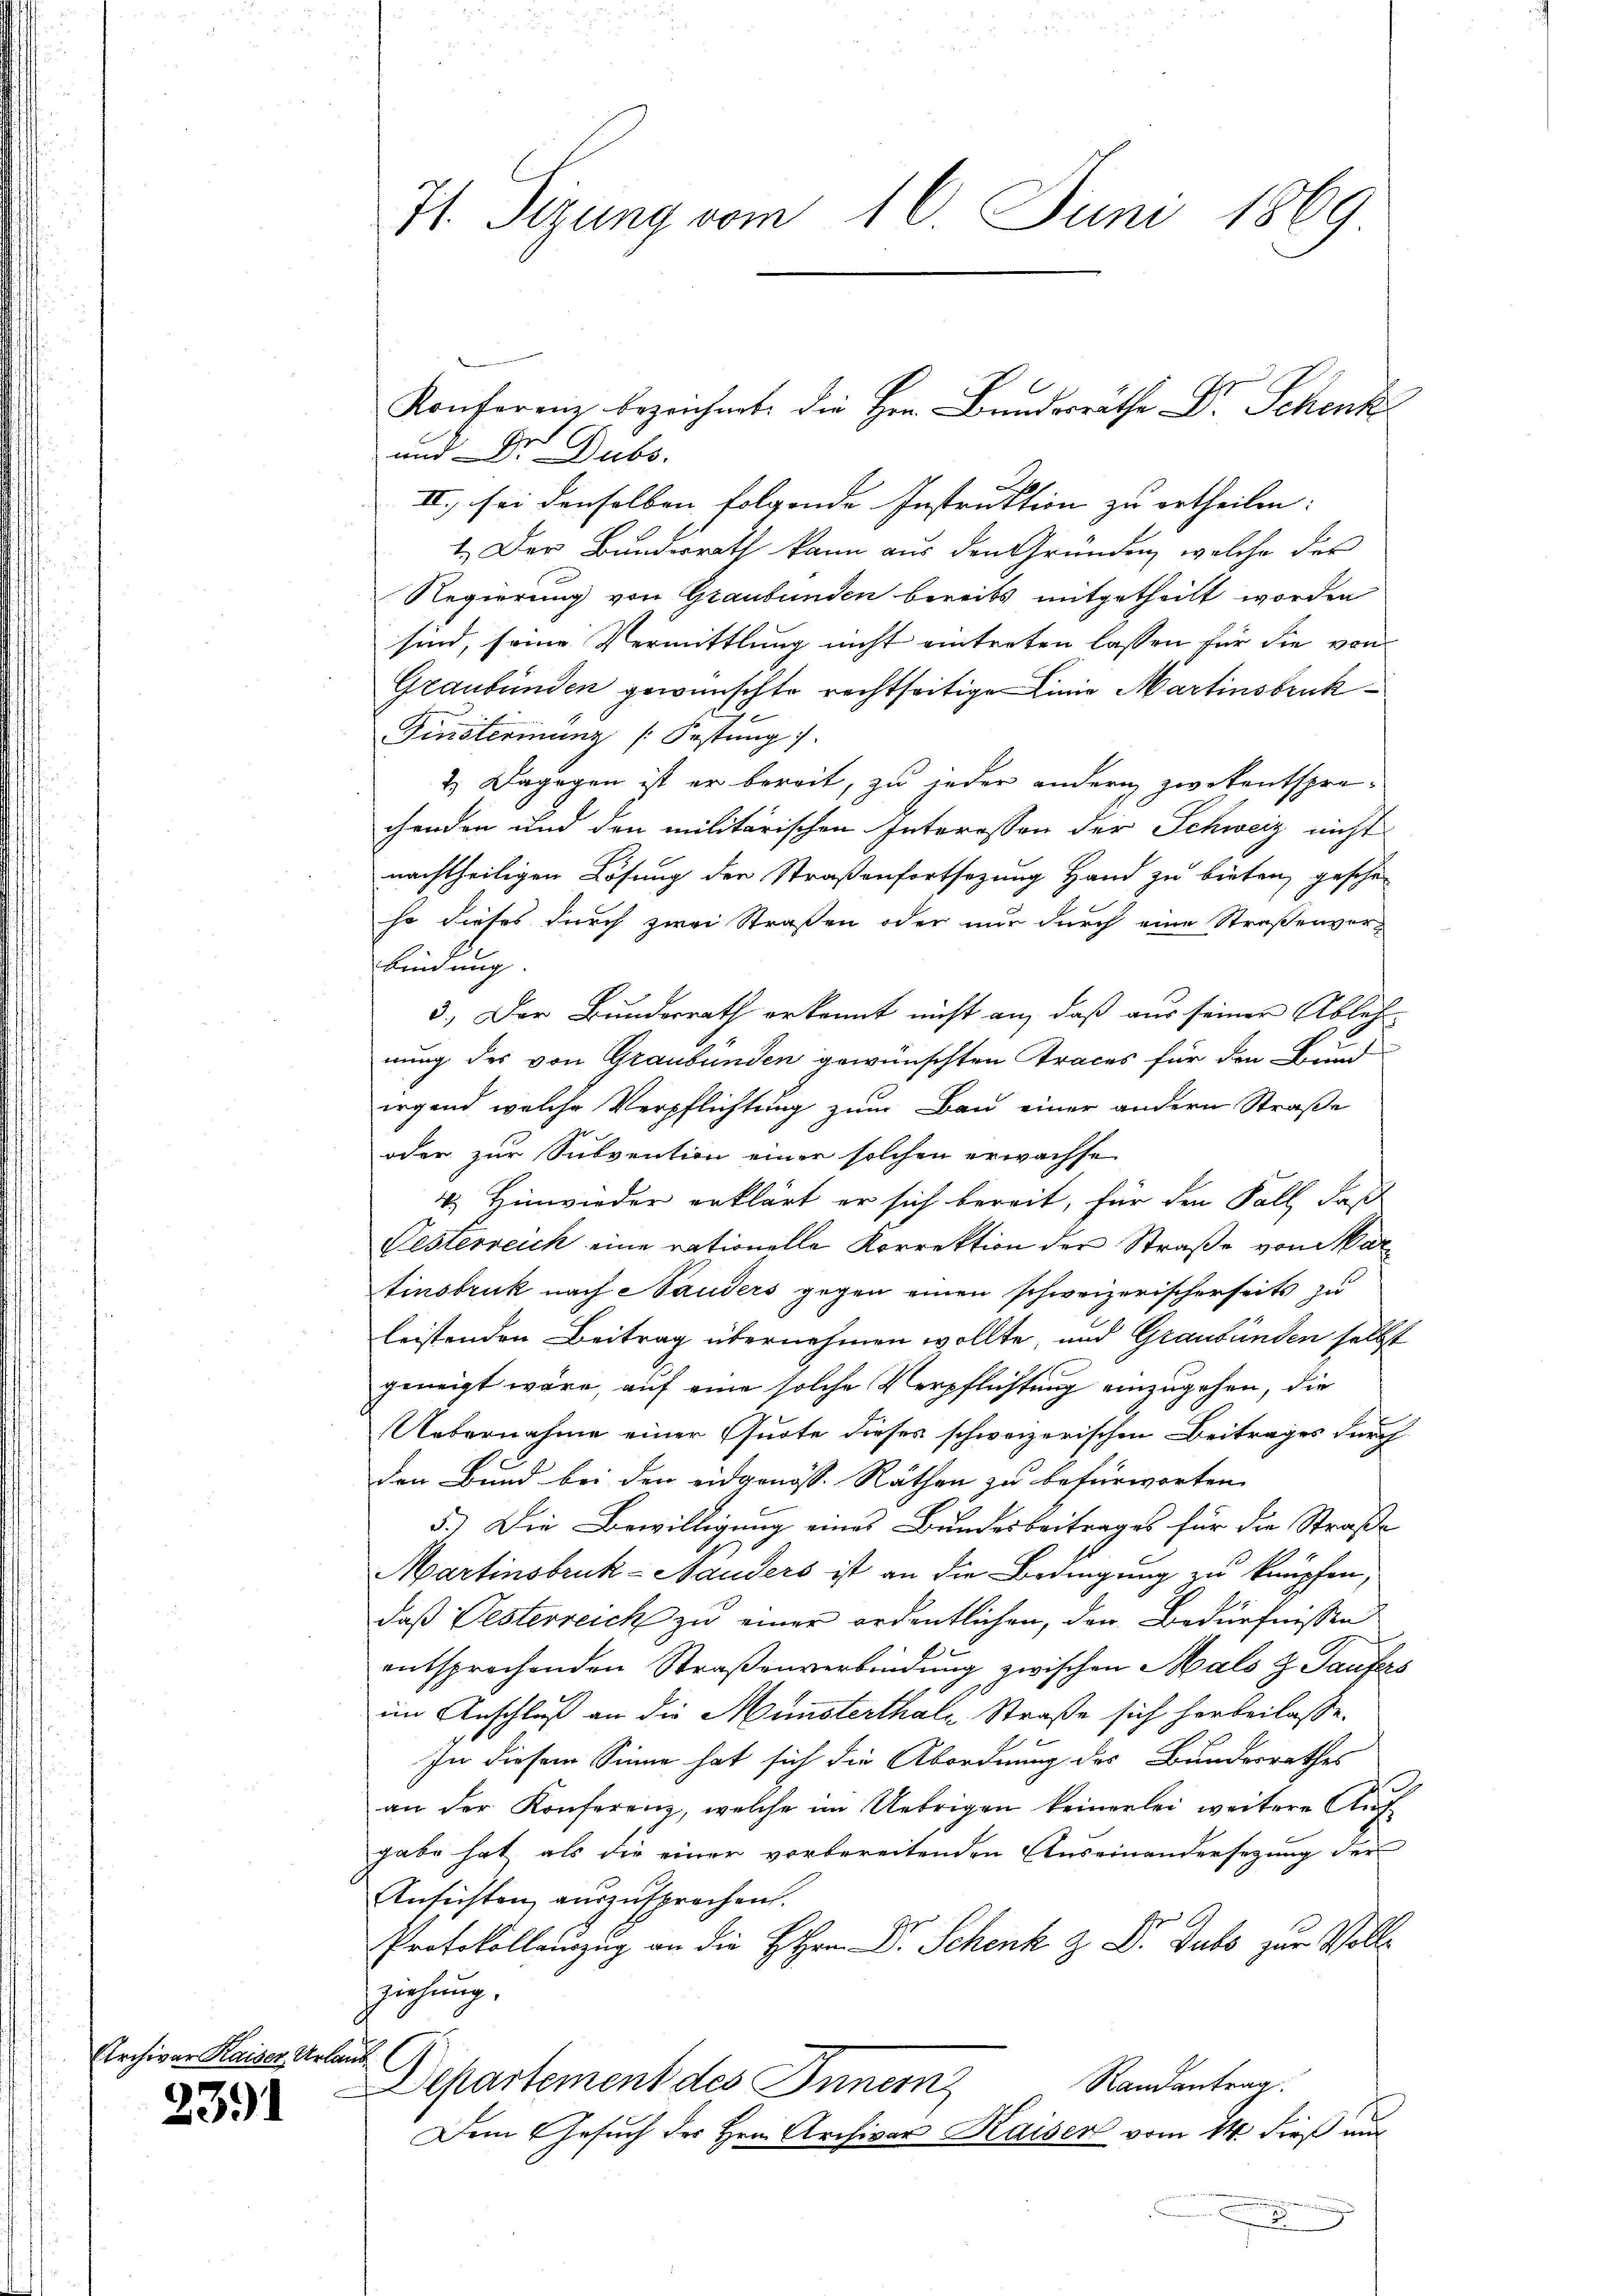
Archivars

2391

riser Urla

71. Sizung vom 16. Juni 1869

c

und Dr. Dubs,
.
III., sei denselben folgende Instruktion zu ertheilen:
1. Der Bundesrath kann aus den Gründen, welche des
Regierung von Graubünden bereits mitgetheilt worden
sind, seine Vermittlung nicht eintreten lassen für die von
Graubünden gewünschte rechtseitige Linie Martinsbruk¬
Finsterinung [Festung
2.) Dagegen ist er bereit, zu jeder andern zwekentspre-
chenden und den militärischen Interessen der Schweiz nicht
nachtheiligen Lösung der Straßenfortsezung Hand zu bieten, gesche
so dieses durch zwei Straßen oder nur durch eine Straßenvor-
bindung. |
3.) Der Bundesrath erkannt nicht an, daß aus seiner Ablehnung des von Graubünden gewünschten Traces für den Bund
irgend welche Verpflichtung zum Bau einer andern Straße
oder zur Subvention einer solchen erwachse
 Hinwieder erklärt er sich bereit, für den Fall, daß
Festerreich eine rationelle Korrektion der Straße von Var
tinsbruk nach Hauders gegen einen schweizerischerseits zu
leistenden Beitrag übernehmen wollte, und Graubünden selbst
geneigt wäre, auf eine solche Verpflichtung einzugehen, die
Uebernahme einer Quote dieses schweizerischen Beitrages durch
den Bund bei den eidgenöss. Räthen zu befürworten.
5.) Die Bewilligung eines Bundesbeitrages für die Straße
Martinsbruk-Mauders ist an die Bedingung zu knüpfen,
daß Vesterreich zu einer ordentlichen, den Bedürfnissen
entsprochenden Straßenverbindung zwischen Mals z. Taufers
im Anschluß an die Münsterthale Straße sich herbeilasse.
In diesem Sinne hat sich die Abordnung des Bundesrathes
an der Konferenz, welche im Uebrigen keinerlei weitere Aŭf-
gabe hat, als die einer vorbereitenden Auseinandersezung der
Ansichten auszusprechen.
Protokollauszug an die HHrn. Dr. Schenk & Dr Subs zur Volle
ziehung.
Randantrag.
Departement des Innern,
Dem Gesuch des Hrn. Archivar Kaiser vom 14. dieß aus

Konferen bezeichnete die Herr Bundesräthe Dr. Schenk